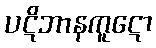
ပဋိဘာနကူဋော